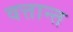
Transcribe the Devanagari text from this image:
वत्तान्त